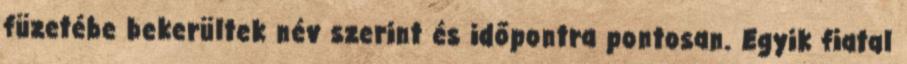
füzetébe bekerültek név szerint és időpontra pontosan. Egyik fiatal